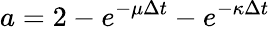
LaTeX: a=2-e^{-\mu\Delta t}-e^{-\kappa\Delta t}